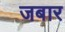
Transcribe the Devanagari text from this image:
जबार